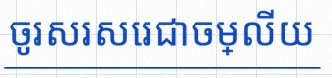
ចូរសរសេរជាចម្លើយ